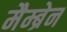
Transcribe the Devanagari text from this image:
मैम्ब्रेन